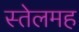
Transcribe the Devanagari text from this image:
स्तेलमह